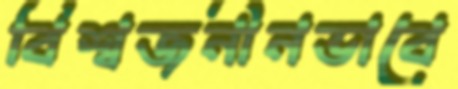
বিশ্বজনীনভাবে